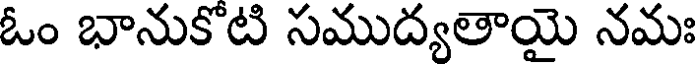
ఓం భానుకోటి సముద్యతాయై నమః